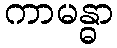
ကာမန္ဓာ